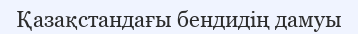
Қазақстандағы бендидің дамуы